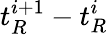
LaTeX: t_{R}^{i+1}-t_{R}^{i}